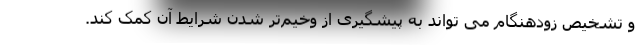
و تشخیص زودهنگام می تواند به پیشگیری از وخیم‌تر شدن شرایط آن کمک کند.